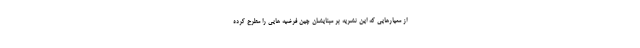
از معیارهایی که این نشریه بر مبنایشان چین فرضیه هایی را مطرح کرده